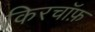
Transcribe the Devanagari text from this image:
किरचॉफ़